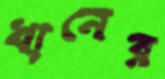
খানের